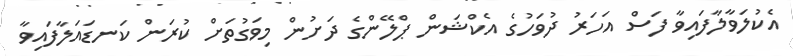
އެކުލަވާލާފައިވާ ފަސް އަހަރު ދުވަހުގެ އެކްޝަން ޕްލޭންގެ ދަށުން މިވަގުތަށް ކުރަން ކަނޑައަލާފައިވާ